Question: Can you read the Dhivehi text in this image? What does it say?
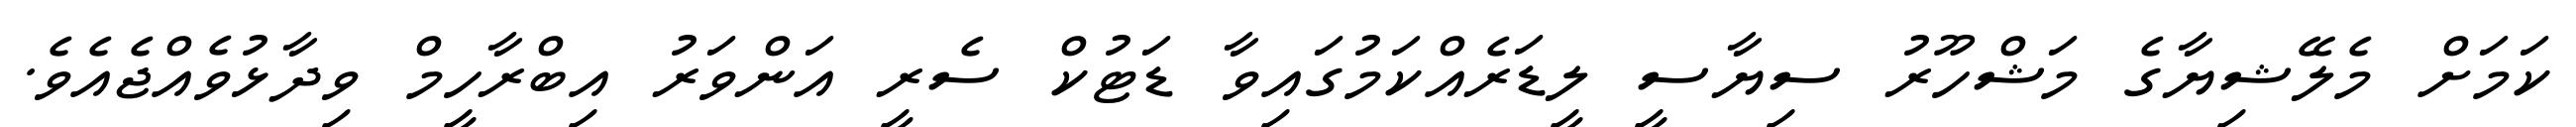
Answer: ކަމަށް މެލޭޝިޔާގެ މަޝްހޫރު ސިޔާސީ ލީޑަރެއްކަމުގައިވާ ޑަޓުކް ސެރީ އަންވަރު އިބްރާހީމް ވިދާޅުވެއްޖެއެވެ.